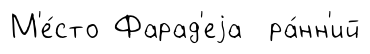
М'е́сто Фарад'еjа ра́нн'ий